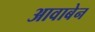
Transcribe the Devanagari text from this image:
आवाबेन